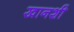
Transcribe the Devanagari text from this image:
खानशी